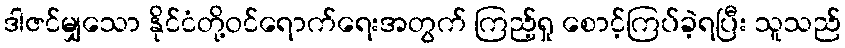
ဒါဇင်မျှသော နိုင်ငံတို့ဝင်ရောက်ရေးအတွက် ကြည့်ရှု စောင့်ကြပ်ခဲ့ရပြီး သူသည်